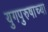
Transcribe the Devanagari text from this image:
युगपुरुषाच्या